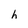
Character: h